Indian journal of veterinary science and animal husbandry - Volumes 15-17, 1948-1951
Year: 1948
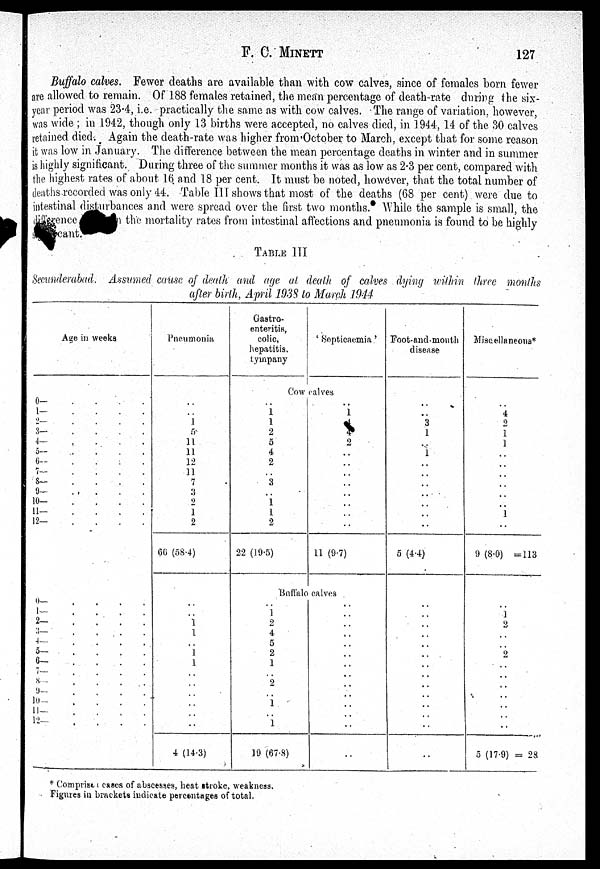
F. C. MINETT
127
Buffalo calves. Fewer deaths are available than with cow calves, since of females born fewer
are allowed to remain. Of 188 females retained, the mean percentage of death-rate during the six-
year period was 23.4, i.e. practically the same as with cow calves. The range of variation, however,
was wide ; in 1942, though only 13 births were accepted, no calves died, in 1944, 14 of the 30 calves
retained died. Again the death-rate was higher from October to March, except that for some reason
it was low in January. The difference between the mean percentage deaths in winter and in summer
is highly significant. During three of the summer months it was as low as 2.3 per cent, compared with
the highest rates of about 16 and 18 per cent. It must be noted, however, that the total number of
deaths-recorded was only 44. Table III shows that most of the deaths (68 per cent) were due to
intestinal disturbances and were spread over the first two months. While the sample is small, the
difference
the mortality rates from intestinal affections and pneumonia is found to be highly
cant.
TABLE III
Secunderabad. Assumed cause of death and age at death of calves dying within three months
after birth, April 1938 to March 1944
Age in weeks
0—
.
.
.
.
1—
.
.
.
.
2— . . . .
3— . . . .
4— . . . .
5— . . . .
6—
.
.
.
.
7—
.
.
.
.
8—
.
.
.
.
9—
.
.
.
.
10—
.
.
.
.
11—
.
.
.
.
12—
.
.
.
.
0 —
.
.
.
.
1—
.
.
.
.
2—
.
.
.
.
3— . . . .
4—
.
.
.
.
5—
.
.
.
.
6—
.
.
.
.
7—. . . .
8—. . . .
9— . . . .
10—. . . .
11—. . . .
12—. . . .
Pneumonia
. .
. .
1
5
11
11
12
11
7
3
2
1
2
66 (58.4)
. .
. .
1
1
. .
1
1
. .
. .
. .
. .
. .
. .
4 (14.3)
Gastro-
enteritis,
colic,
hepatitis.
tympany
' Septicaemia'
Cow calves
. .
1 1
2
5
4
2
. .
3
. .
1
1
2
22 (19.5)
. .
1
4
4
2
. .
. .
. .
. .
. .
. .
. .
. .
11 (9.7)
Buffalo calves
. .
1
2
4
5
2
1
. .
2
. .
1
. .
1
19 (67.8)
. .
. .
. .
. .
. .
. .
. .
. .
. .
. .
. .
. .
. .
. .
Foot-and-mouth
disease
. .
. .
3
1
. .
1
. .
. .
. .
. .
. .
. .
. .
5 (4.4)
. .
. .
. .
. .
. .
. .
. .
. .
. .
. .
. .
. .
. .
. .
Miscellaneous*
4
2
1
1
1
..
9 (8.0) =113
. .
1
2
. .
. .
2
. .
. .
. .
. .
. .
. .
. .
5 (17.9) = 28
* Comprises cases of abscesses, heat stroke, weakness.
Figures in brackets iudicate percentages of total,